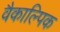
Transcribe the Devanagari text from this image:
वैकाल्पिक